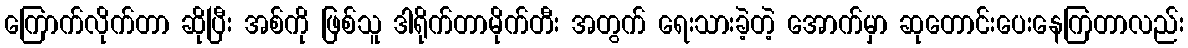
ကြောက်လိုက်တာ ဆိုပြီး အစ်ကို ဖြစ်သူ ဒါရိုက်တာမိုက်တီး အတွက် ရေးသားခဲ့တဲ့ အောက်မှာ ဆုတောင်းပေးနေကြတာလည်း